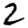
Digit: 2